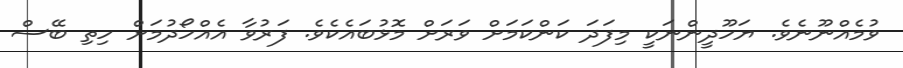
ވުމެއްނޫނެވެ. ޔަހޫދީންނަކީ މިފަދަ ކަންކަމަށް ވަރަށް މޮޅުބައެކެވެ. ފަރުވާ އެއްހޯދުމަށް ހިތި ބޭސް